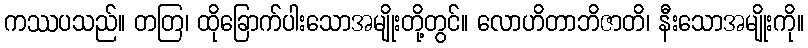
ကဿပသည်။ တတြ၊ ထိုခြောက်ပါးသောအမျိုးတို့တွင်။ လောဟိတာဘိဇာတိ၊ နီးသောအမျိုးကို။